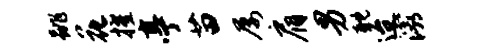
跳花擢亭苗屡肩男耽迨灞